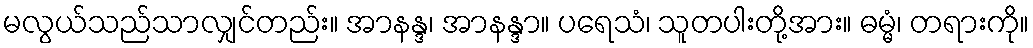
မလွယ်သည်သာလျှင်တည်း။ အာနန္ဒ၊ အာနန္ဒာ။ ပရေသံ၊ သူတပါးတို့အား။ ဓမ္မံ၊ တရားကို။